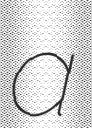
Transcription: a